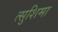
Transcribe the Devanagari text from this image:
त्सुशिमा